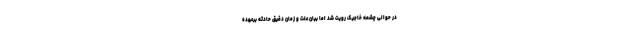
در حوالی چشمه خاجیک رویت شد اما بیان علت و زمان دقیق حادثه برعهده